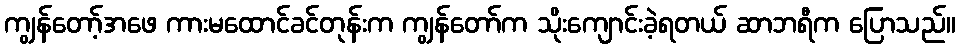
ကျွန်တော့်အဖေ ကားမထောင်ခင်တုန်းက ကျွန်တော်က သိုးကျောင်းခဲ့ရတယ် ဆာဘရီက ပြောသည်။